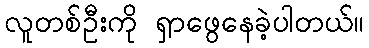
လူတစ်ဦးကို ရှာဖွေနေခဲ့ပါတယ်။